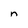
Character: n